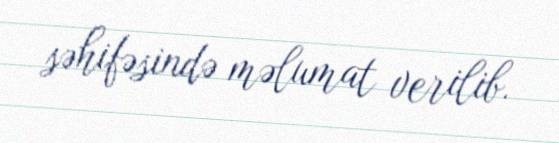
səhifəsində məlumat verilib.